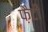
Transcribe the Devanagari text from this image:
फ़ैटी